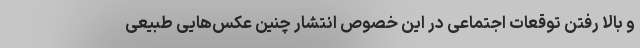
و بالا رفتن توقعات اجتماعی در این خصوص انتشار چنین عکس‌هایی طبیعی